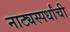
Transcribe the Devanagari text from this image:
नाट्यस्पर्धांची